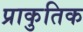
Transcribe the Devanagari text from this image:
प्राकुतिक